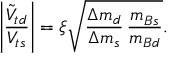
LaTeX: \left| \frac { \tilde { V } _ { t d } } { V _ { t s } } \right| = \xi \sqrt { \frac { \Delta m _ { d } } { \Delta m _ { s } } \, \frac { m _ { B s } } { m _ { B d } } } .